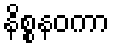
နိစ္စနဝကာ